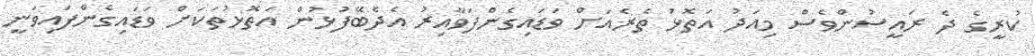
ކުރީގެ ދެ ރައީސުންވެސް މިއަދު އަތޮޅު ތެރެއަށް ވަޑައިގެންފަވާއިރު އެދެބޭފުޅުން އަތޮޅުތަކަށް ވަޑައިގެންފައިވަނީ